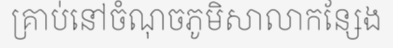
គ្រាប់នៅចំណុចភូមិសាលាកន្សែង